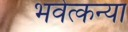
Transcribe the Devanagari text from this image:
भवेत्कन्या